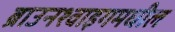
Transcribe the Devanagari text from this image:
ब्राउनश्वाइगमधील